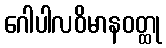
ဂေါပါလဝိမာနဝတ္ထု